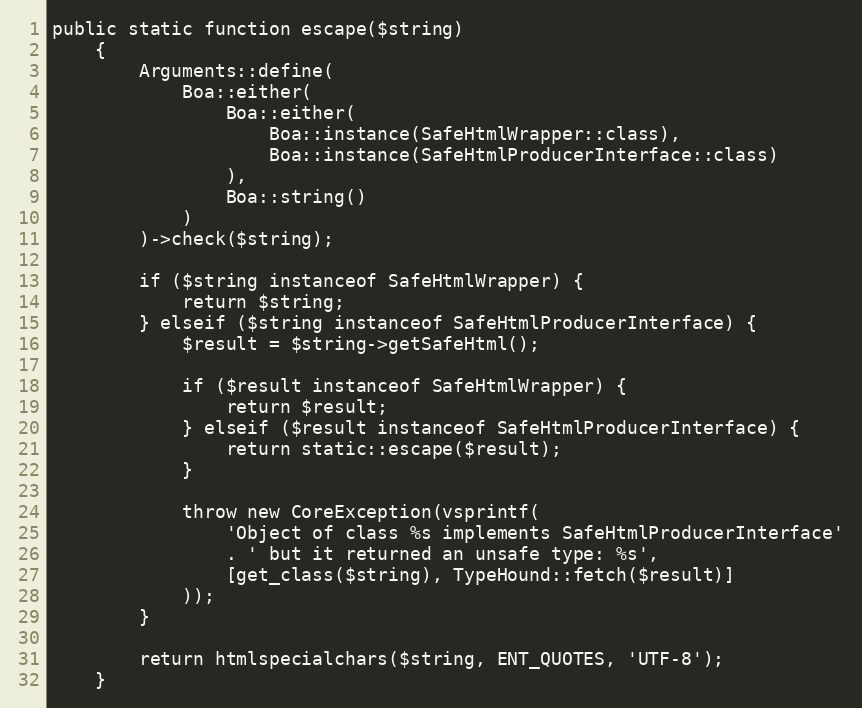
Language: PHP
public static function escape($string)
    {
        Arguments::define(
            Boa::either(
                Boa::either(
                    Boa::instance(SafeHtmlWrapper::class),
                    Boa::instance(SafeHtmlProducerInterface::class)
                ),
                Boa::string()
            )
        )->check($string);

        if ($string instanceof SafeHtmlWrapper) {
            return $string;
        } elseif ($string instanceof SafeHtmlProducerInterface) {
            $result = $string->getSafeHtml();

            if ($result instanceof SafeHtmlWrapper) {
                return $result;
            } elseif ($result instanceof SafeHtmlProducerInterface) {
                return static::escape($result);
            }

            throw new CoreException(vsprintf(
                'Object of class %s implements SafeHtmlProducerInterface'
                . ' but it returned an unsafe type: %s',
                [get_class($string), TypeHound::fetch($result)]
            ));
        }

        return htmlspecialchars($string, ENT_QUOTES, 'UTF-8');
    }